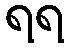
ရရ